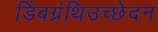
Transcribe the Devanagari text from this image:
डिंबग्रंथिउच्छेदन